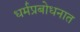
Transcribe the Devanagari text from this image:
धर्मप्रबोधनात